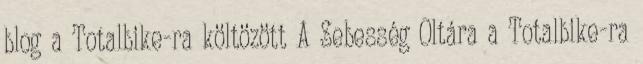
blog a Totalbike-ra költözött A Sebesség Oltára a Totalbike-ra